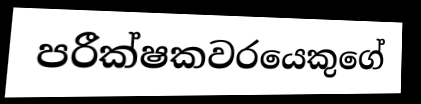
පරීක්ෂකවරයෙකුගේ